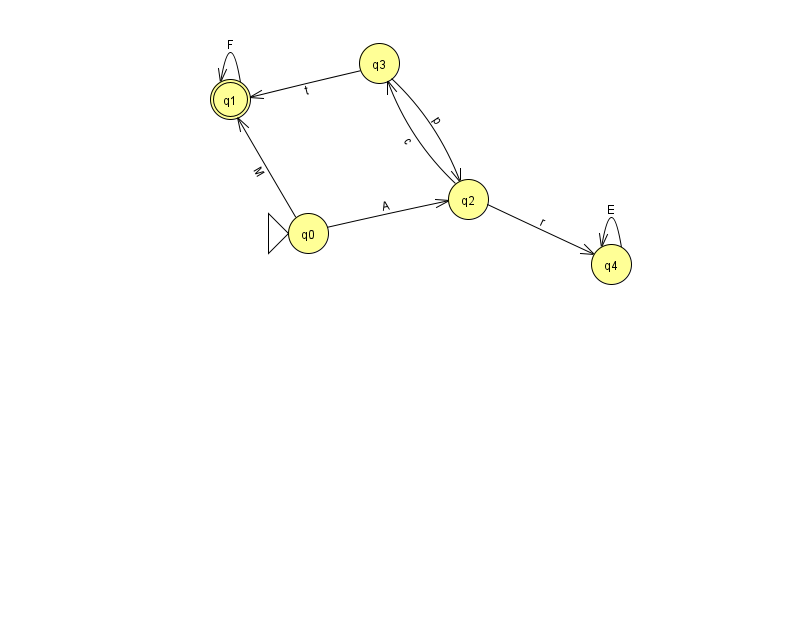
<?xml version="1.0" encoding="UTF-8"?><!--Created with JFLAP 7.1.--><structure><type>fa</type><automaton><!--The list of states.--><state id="0" name="q0"><x>308.0</x><y>220.0</y><initial/></state><state id="1" name="q1"><x>230.0</x><y>86.0</y><final/></state><state id="2" name="q2"><x>468.0</x><y>186.0</y></state><state id="3" name="q3"><x>379.0</x><y>50.0</y></state><state id="4" name="q4"><x>611.0</x><y>251.0</y></state><!--The list of transitions.--><transition><from>0</from><to>1</to><read>M</read></transition><transition><from>2</from><to>3</to><read>c</read></transition><transition><from>3</from><to>1</to><read>t</read></transition><transition><from>4</from><to>4</to><read>E</read></transition><transition><from>1</from><to>1</to><read>F</read></transition><transition><from>3</from><to>2</to><read>p</read></transition><transition><from>2</from><to>4</to><read>r</read></transition><transition><from>0</from><to>2</to><read>A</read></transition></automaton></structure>